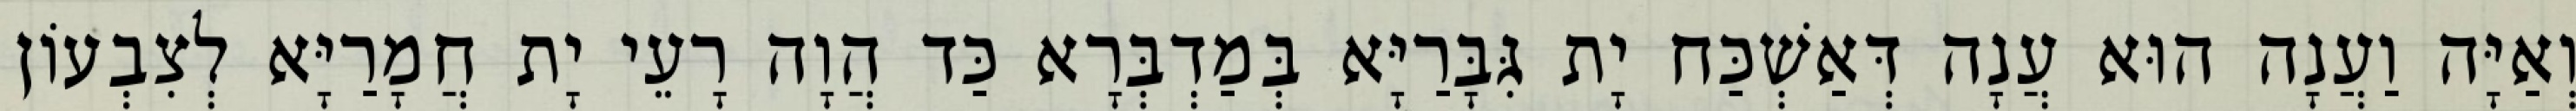
וְאַיָּה וַעֲנָה הוּא עֲנָה דְּאַשְׁכַּח יָת גִּבָּרַיָּא בְּמַדְבְּרָא כַּד הֲוָה רָעֵי יָת חֲמָרַיָּא לְצִבְעוֹן